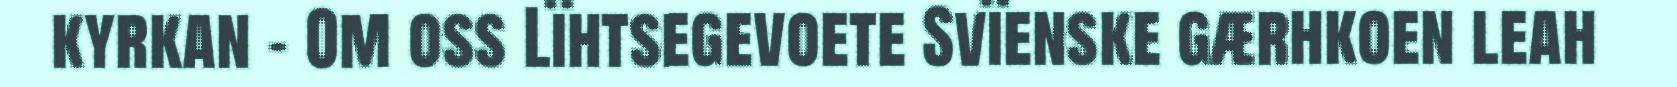
kyrkan - Om oss Lïhtsegevoete Svïenske gærhkoen leah